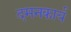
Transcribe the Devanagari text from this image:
दमनकार्य